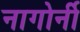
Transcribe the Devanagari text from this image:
नागोर्नी